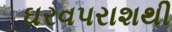
ઘરવપરાશથી